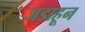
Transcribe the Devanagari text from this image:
जडाहून